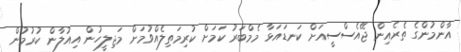
އާންމުންގެ ތެރެއިން ޖޭއެސްސީއަށް ކަނޑައަޅާ މެމްބަރު ކަމަށް ކުރިމަތިލެއްވުމަށް މަޖިލީހުން އިއުލާން ކުރުމުން